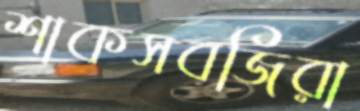
শাকসবজিরা